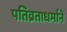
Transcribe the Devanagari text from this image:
पतिव्रताधर्माने